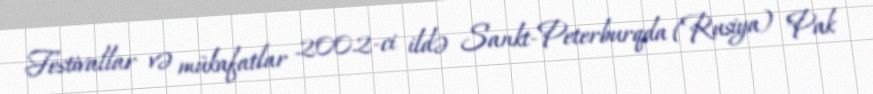
Festivallar və mükafatlar 2002-ci ildə Sankt-Peterburqda (Rusiya) "Pak